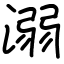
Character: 溺